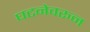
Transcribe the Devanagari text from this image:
घटनेवरून